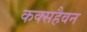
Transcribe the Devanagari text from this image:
कक्सहैवन